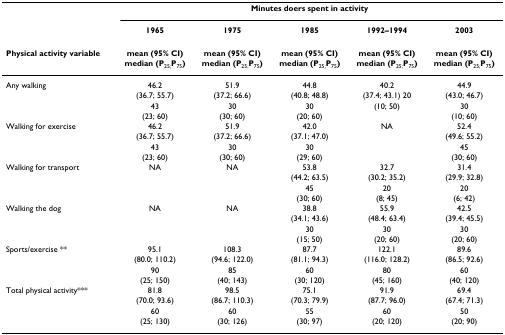
<table><thead><tr><td></td><td colspan="5"><b>Minutes doers spent in activity</b></td></tr><tr><td></td><td><b>1965</b></td><td><b>1975</b></td><td><b>1985</b></td><td><b>1992–1994</b></td><td><b>2003</b></td></tr><tr><td><b>Physical activity variable</b></td><td><b>mean (95% CI)</b></td><td><b>mean (95% CI)</b></td><td><b>mean (95% CI)</b></td><td><b>mean (95% CI)</b></td><td><b>mean (95% CI)</b></td></tr><tr><td></td><td><b>median (P<sub>25;</sub>P<sub>75</sub>)</b></td><td><b>median (P<sub>25;</sub>P<sub>75</sub>)</b></td><td><b>median (P<sub>25;</sub>P<sub>75</sub>)</b></td><td><b>median (P<sub>25;</sub>P<sub>75</sub>)</b></td><td><b>median (P<sub>25;</sub>P<sub>75</sub>)</b></td></tr></thead><tbody><tr><td>Any walking</td><td>46.2</td><td>51.9</td><td>44.8</td><td>40.2</td><td>44.9</td></tr><tr><td></td><td>(36.7; 55.7)</td><td>(37.2; 66.6)</td><td>(40.8; 48.8)</td><td>(37.4; 43.1) 20</td><td>(43.0; 46.7)</td></tr><tr><td></td><td>43</td><td>30</td><td>30</td><td>(10; 50)</td><td>30</td></tr><tr><td></td><td>(23; 60)</td><td>(30; 60)</td><td>(20; 60)</td><td></td><td>(10; 60)</td></tr><tr><td>Walking for exercise</td><td>46.2</td><td>51.9</td><td>42.0</td><td>NA</td><td>52.4</td></tr><tr><td></td><td>(36.7; 55.7)</td><td>(37.2; 66.6)</td><td>(37.1; 47.0)</td><td></td><td>(49.6; 55.2)</td></tr><tr><td></td><td>43</td><td>30</td><td>30</td><td></td><td>45</td></tr><tr><td></td><td>(23; 60)</td><td>(30; 60)</td><td>(29; 60)</td><td></td><td>(30; 60)</td></tr><tr><td>Walking for transport</td><td>NA</td><td>NA</td><td>53.8</td><td>32.7</td><td>31.4</td></tr><tr><td></td><td></td><td></td><td>(44.2; 63.5)</td><td>(30.2; 35.2)</td><td>(29.9; 32.8)</td></tr><tr><td></td><td></td><td></td><td>45</td><td>20</td><td>20</td></tr><tr><td></td><td></td><td></td><td>(30; 60)</td><td>(8; 45)</td><td>(6; 42)</td></tr><tr><td>Walking the dog</td><td>NA</td><td>NA</td><td>38.8</td><td>55.9</td><td>42.5</td></tr><tr><td></td><td></td><td></td><td>(34.1; 43.6)</td><td>(48.4; 63.4)</td><td>(39.4; 45.5)</td></tr><tr><td></td><td></td><td></td><td>30</td><td>30</td><td>30</td></tr><tr><td></td><td></td><td></td><td>(15; 50)</td><td>(20; 60)</td><td>(20; 60)</td></tr><tr><td>Sports/exercise **</td><td>95.1</td><td>108.3</td><td>87.7</td><td>122.1</td><td>89.6</td></tr><tr><td></td><td>(80.0; 110.2)</td><td>(94.6; 122.0)</td><td>(81.1; 94.3)</td><td>(116.0; 128.2)</td><td>(86.5; 92.6)</td></tr><tr><td></td><td>90</td><td>85</td><td>60</td><td>80</td><td>60</td></tr><tr><td></td><td>(25; 150)</td><td>(40; 143)</td><td>(30; 120)</td><td>(45; 160)</td><td>(40; 120)</td></tr><tr><td>Total physical activity***</td><td>81.8</td><td>98.5</td><td>75.1</td><td>91.9</td><td>69.4</td></tr><tr><td></td><td>(70.0; 93.6)</td><td>(86.7; 110.3)</td><td>(70.3; 79.9)</td><td>(87.7; 96.0)</td><td>(67.4; 71.3)</td></tr><tr><td></td><td>60</td><td>60</td><td>55</td><td>60</td><td>50</td></tr><tr><td></td><td>(25; 130)</td><td>(30; 126)</td><td>(30; 97)</td><td>(20; 120)</td><td>(20; 90)</td></tr></tbody></table>